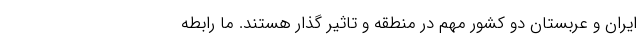
ایران و عربستان دو کشور مهم در منطقه و تاثیر گذار هستند. ما رابطه